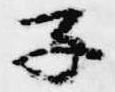
子